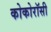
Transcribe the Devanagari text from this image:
कोकोरॉसी